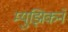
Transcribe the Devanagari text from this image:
म्युझिकने